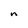
Character: n